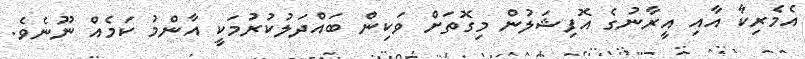
އެމެރިކާ އާއި އީރާނުގެ އޮފިޝަލުން މިގޮތަށް ވަކިން ބައްދަލުކުރުމަކީ އާންމު ކަމެއް ނޫނެވެ.